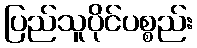
ပြည်သူပိုင်ပစ္စည်း